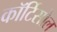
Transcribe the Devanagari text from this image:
कॉर्टिसोल